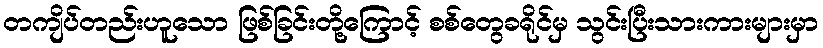
တကျိပ်တည်းဟူသော ဖြစ်ခြင်းတို့ကြောင့် စစ်တွေခရိုင်မှ သွင်းပြီးသားကားများမှာ